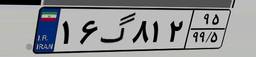
۱۶گ۸۱۲۹۵